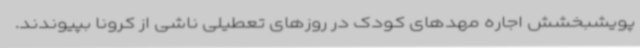
پویشبخشش اجاره مهدهای کودک در روزهای تعطیلی ناشی از کرونا بپیوندند.